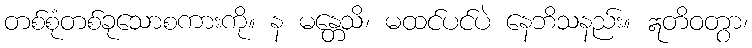
တစ်စုံတစ်ခုသောစကားကို။ န မန္တေသိ၊ မထင်ပင်ပဲ နေဘိသနည်း။ ဣတိဝတွာ၊